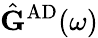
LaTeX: \hat{\mathbf{G}}^{\mathrm{AD}}(\omega)